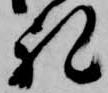
礼